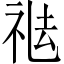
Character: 𥙒